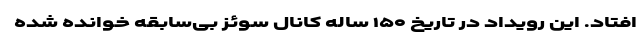
افتاد. این رویداد در تاریخ ۱۵۰ ساله کانال سوئز بی‌سابقه خوانده شده